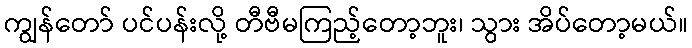
ကျွန်တော် ပင်ပန်းလို့ တီဗီမကြည့်တော့ဘူး၊ သွား အိပ်တော့မယ်။